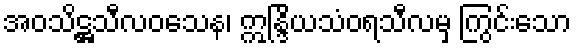
အဝသိဋ္ဌသီလဝသေန၊ ဣန္ဒြိယသံဝရသီလမှ ကြွင်းသော